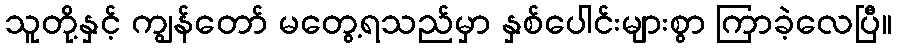
သူတို့နှင့် ကျွန်တော် မတွေ့ရသည်မှာ နှစ်ပေါင်းများစွာ ကြာခဲ့လေပြီ။